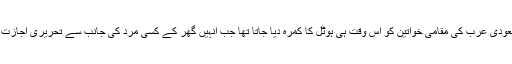
اس سے قبل سعودی عرب کی مقامی خواتین کو اس وقت ہی ہوٹل کا کمرہ دیا جاتا تھا جب انہیں گھر کے کسی مرد کی جانب سے تحریری اجازت دی جاتی تھی۔